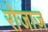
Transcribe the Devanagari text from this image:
रोजाज़